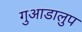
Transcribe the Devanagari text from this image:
गुआडालुप